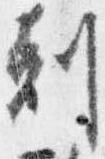
剋